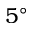
5 ^ { \circ }